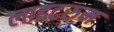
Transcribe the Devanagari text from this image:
लाइटरुम